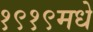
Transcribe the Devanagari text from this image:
१९१९मधे